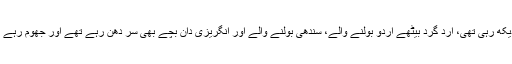
میں دیکھ رہی تھی، ارد گرد بیٹھے اردو بولنے والے، سندھی بولنے والے اور انگریزی دان بچے بھی سر دھن رہے تھے اور جھوم رہے تھے۔